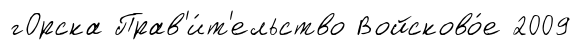
гОрска Прав'и́т'ельство Войсково́е 2009